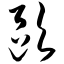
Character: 欧